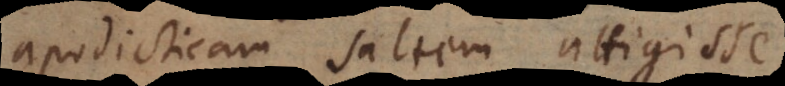
apodicticam saltem attigisse